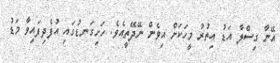
އޭނާ ގިސްލާ އަޑު އިތުރު މީހަކަށް އިވެން ނޭދޭތީއެވެ. ހަށިގަނޑުގައި އުފެދިފައިވާ މަޑު